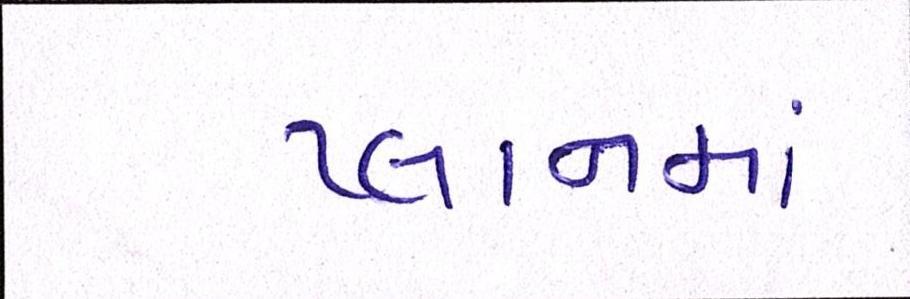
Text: પ્લાનમાં